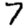
Digit: 7